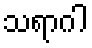
သရာဂါ